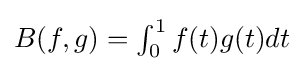
\textstyle B(f,g)=\int _{0}^{1}f(t)g(t)dt